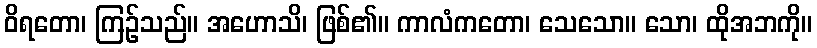
ဝိရတော၊ ကြဉ်သည်။ အဟောသိ၊ ဖြစ်၏။ ကာလံကတော၊ သေသော။ သော၊ ထိုအဘကို။